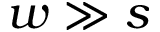
w \gg s